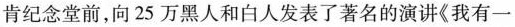
肯纪念堂前，向25万黑人和白人发表了著名的演讲《我有一